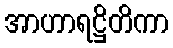
အာဟာရဋ္ဌိတိကာ